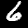
Label: 6